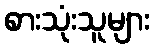
စားသုံးသူများ